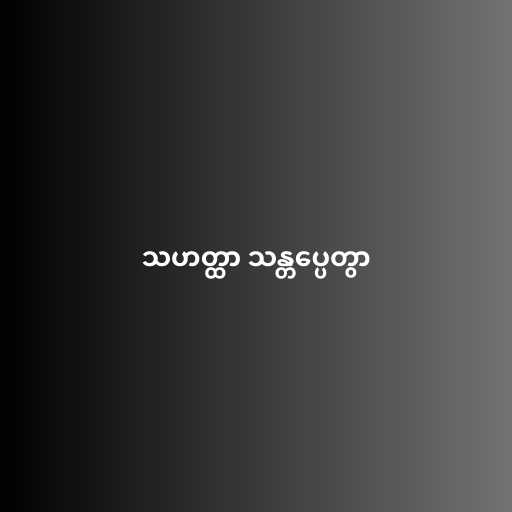
သဟတ္ထာ သန္တပ္ပေတွာ